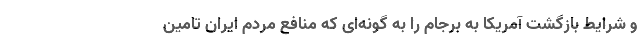
و شرایط بازگشت آمریکا به برجام را به گونه‌ای که منافع مردم ایران تامین